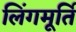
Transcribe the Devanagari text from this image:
लिंगमूर्ति